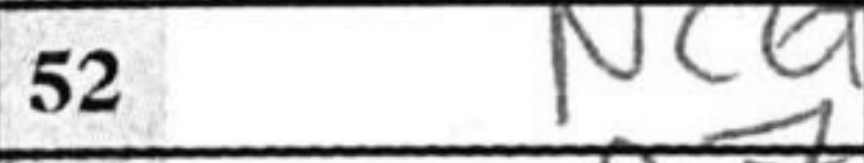
Transcription: NcQ+